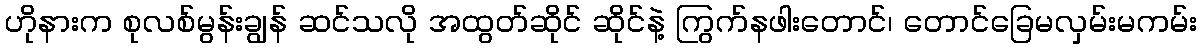
ဟိုနားက စုလစ်မွန်းချွန် ဆင်သလို အထွတ်ဆိုင် ဆိုင်နဲ့ ကြွက်နဖါးတောင်၊ တောင်ခြေမလှမ်းမကမ်း